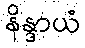
နိန္ဒာယံ